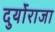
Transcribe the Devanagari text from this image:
दुर्योराजा